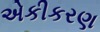
એકીકરણ